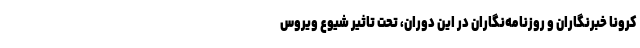
کرونا خبرنگاران و روزنامه‌نگاران در این دوران، تحت تاثیر شیوع ویروس